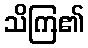
သိကြ၏